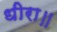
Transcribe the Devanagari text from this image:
धीरा॥